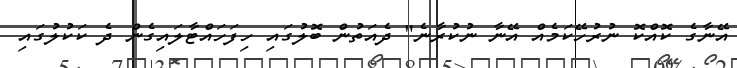
އޭނާގެ ކޮއްކޮ ނުރުހޭކަމެއް އޭނާ ނުކުރާނެ" ދެއަތުން ބޮލުގައި ހިފަހައްޓާލައިގެން ދެ ކަކުލުގައި